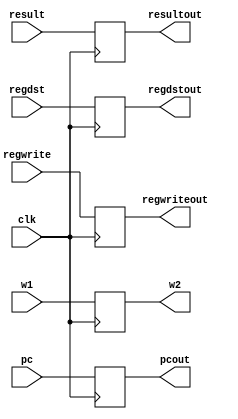
`timescale 1ns / 1ps

module MEMWB_Registers(clk,pc,result,regdst,regwrite,w1,pcout,resultout,regdstout,regwriteout,w2);
input clk;           
input [4:0]w1;
output reg[4:0]w2;
input [31:0]pc,result;
input regdst;
input regwrite;
output reg[31:0]pcout,resultout;
output reg regdstout;
output reg regwriteout;
initial begin
pcout=0;
resultout=0;
w2=0;
regdstout=0;
regwriteout=0;
end
always@(posedge clk) begin
pcout=pc;
resultout=result;
w2=w1;
regdstout=regdst;
regwriteout=regwrite;
end
endmodule